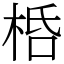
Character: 桰